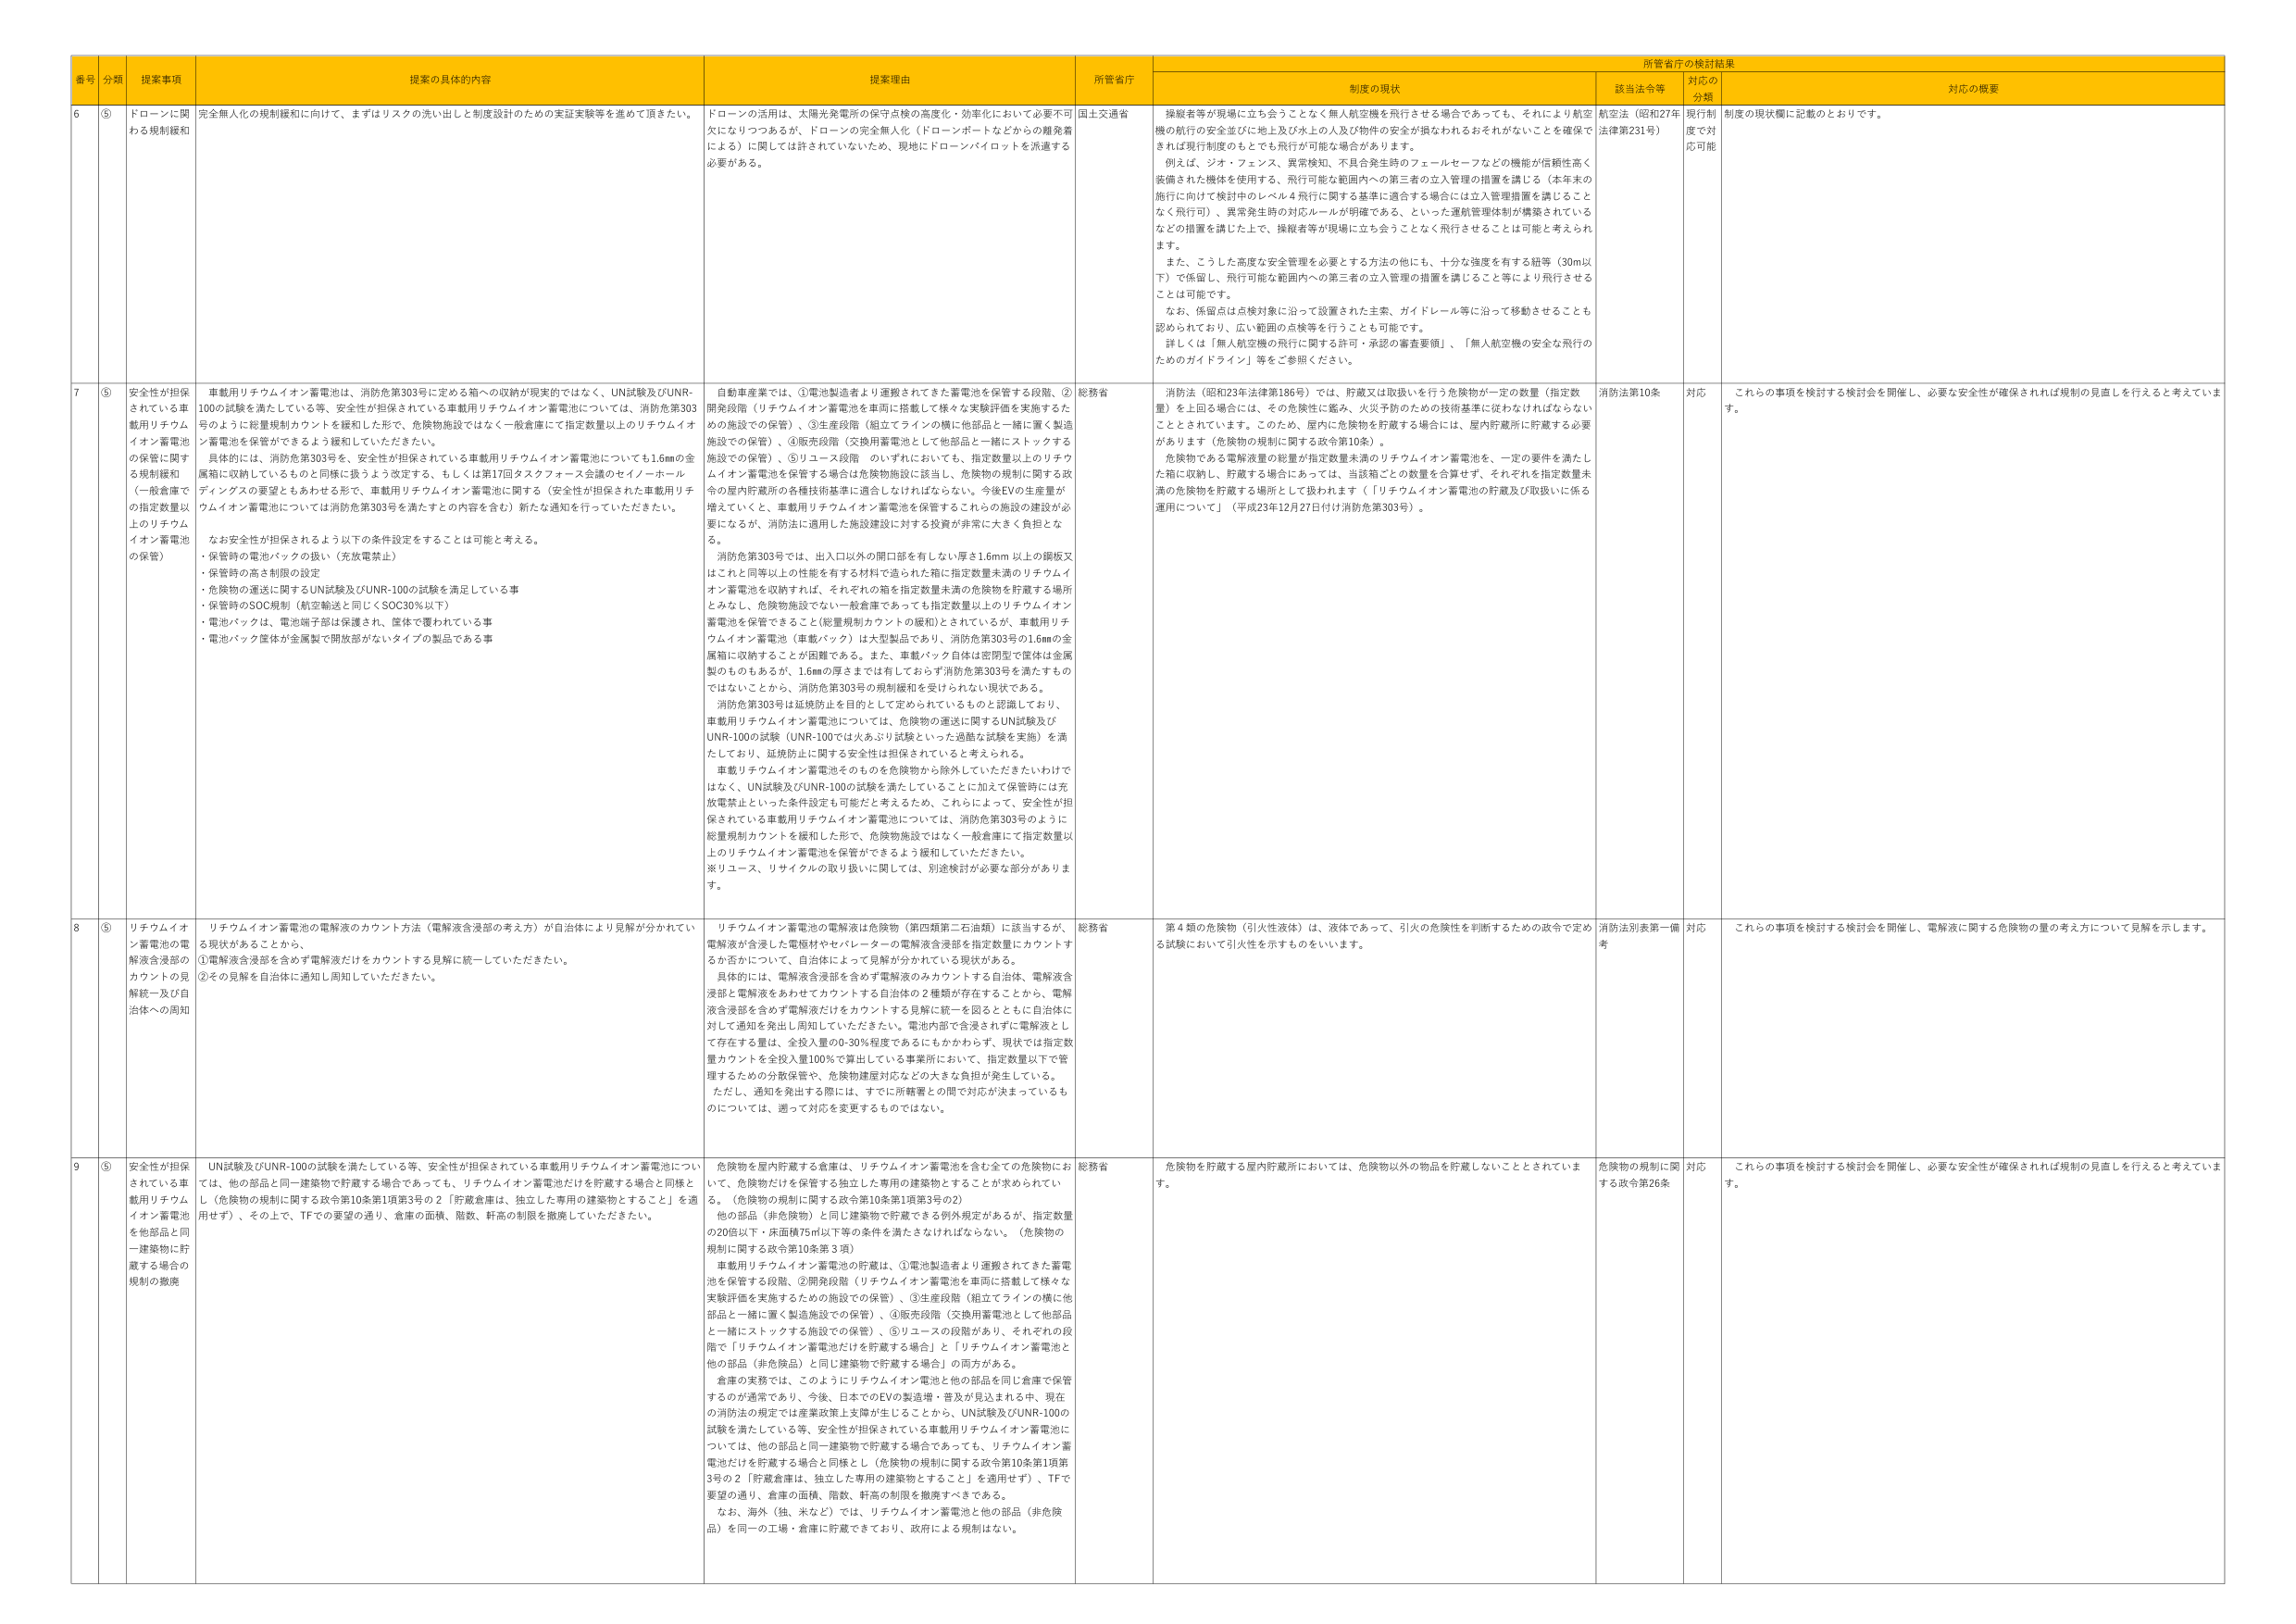
番号 分類 提案事項 提案の具体的内容 提案理由 所管省庁 所管省庁の検討結果 制度の現状 該当法令等 対応の 分類 対応の概要

6 ⑤ ドローンに関 る規制緩和 完全無人化の規制緩和に向けて、まずはリスクの洗い出しと制度設計のための実証実験等を進めて頂きたい。 ドローンの活用は、太陽光発電所の保守点検の高度化・効率化において必要不可 欠になりつつあるが、ドローンの完全無人化（ドローンボーイなどからの離発着 による）に関しては許されていないため、現地にドローンパイロットを派遣する 必要がある。 国土交通省 操縦者等が現場に立ち会うことなく無人航空機を飛行させる場合であっても、それにより航空 機の航行の安全並びに地上及び水上の人及び物件の安全が損なわれるおそれがないことを確保で きれば現行制度のもとでも飛行が可能な場合があります。 例えば、ジン・フェンス、異常検知、不具合発生時のフェールセーフなどの機能が信頼性高く 装備された機体を使用する、飛行可能な範囲内への第三者の立入管理の措置を講じる（本年末の 施行に向けて検討中のレベル4飛行に関する基準に適合する場合には立入管理措置を講じること なく飛行可）、異常発生時の対応ルールが明確である、といった運航管理体制が構築されている などの措置を講じた上で、操縦者等が現場に立ち会うことなく飛行させることは可能と考えられ ます。 また、こうした高度な安全管理を必要とする方法の他にも、十分な強度を有する紐等（30m以 下）で係留し、飛行可能な範囲内への第三者の立入管理の措置を講じること等により飛行させる ことは可能です。 なお、係留点は点検対象に沿って設置された主索、ガイドレール等に沿って移動させることも 認められており、広い範囲の点検等を行うことも可能です。 詳しくは「無人航空機の飛行に関する許可・承認の審査要領」、「無人航空機の安全な飛行の ためのガイドライン」等をご参照ください。 航空法（昭和27年 法律第231号） 現行制 度で対 応可能 制度の現状欄に記載のとおりです。

7 ⑤ 安全性が担保 されている車 載用リチウム イオン蓄電池 の保管に関す る規制緩和 （一般倉庫で の指定数量以 上のリチウム イオン蓄電池 の保管） 車載用リチウムイオン蓄電池は、消防危第303号に定める箱への収納が現実的ではなく、UN試験及びUNR- 100の試験を満たしている等、安全性が担保されている車載用リチウムイオン蓄電池については、消防危第303 号のように総量規制カウントを緩和した形で、危険物施設ではなく一般倉庫にて指定数量以上のリチウムイオ ン蓄電池を保管ができるよう緩和していただきたい。 具体的には、消防危第303号を、安全性が担保されている車載用リチウムイオン蓄電池についても1.6mmの金 属箱に収納しているものと同様に扱うよう設定する、もしくは第17回タスクフォース会議のセイノーホール ディングスの要望ともあわせる形で、車載用リチウムイオン蓄電池に関する（安全性が担保された車載用リチ ウムイオン蓄電池については消防危第303号を満たすその内容を含む）新たな通知を行っていただきたい。 なお安全性が担保されるよう以下の条件設定をすることは可能と考える。 ・保管時の電池パックの扱い（充放電禁止） ・危険物の高さ制限の設定 ・危険物の運送に関するUN試験及びUNR-100の試験を満足している事 ・保管時のSOC規制（航空輸送と同じくSOC30％以下） ・電池パックは、電池端子部は保護され、筐体で覆われている事 ・電池パック筐体が金属製で開放部がないタイプの製品である事 自動車産業では、①電池製造者より運搬されてきた蓄電池を保管する段階、② 開発段階（リチウムイオン蓄電池を車両に搭載して様々な実験評価を実施するた めの施設での保管）、③生産段階（組立てラインの横に他部品と一緒に置く製造 施設での保管）、④販売段階（交換用蓄電池として他部品と一緒にストックする 施設での保管）、⑤リユース段階 のいずれにおいても、指定数量以上のリチウ ムイオン蓄電池を保管する場合は危険物施設に該当し、危険物の規制に関する政 令の屋内貯蔵所の各種技術基準に適合しなければならない。今後EVの生産量が 増えていくと、車載用リチウムイオン蓄電池を保管することの施設の建設が必 要になるが、消防法に適用した施設建設に対する投資が非常に大きく負担とな る。 消防危第303号では、出入口以外の開口部を有しない厚さ1.6mm 以上の鋼板又 はこれと同等以上の性能を有する材料で造られた箱に指定数量未満のリチウムイ オン蓄電池を収納すれば、それぞれの箱を指定数量未満の危険物を貯蔵する場所 とみなし、危険物施設でない一般倉庫であっても指定数量以上のリチウムイオン 蓄電池を保管できること（総量規制カウントの緩和）とされているが、車載用リチ ウムイオン蓄電池（車載パック）は大型製品であり、消防危第303号の1.6mmの金 属箱に収納することが困難である。また、車載パック自体は密閉型で筐体は金属 製のものもあるが、1.6mmの厚さまでは有しておらず消防危第303号を満たすもの ではないことから、消防危第303号の規制緩和を受けられない現状である。 消防危第303号は延焼防止を目的として定められているものと認識しており、 車載用リチウムイオン蓄電池については、危険物の運送に関するUN試験及び UNR-100の試験（UNR-100では火あぶり試験といった過酷な試験を実施）を満 たしており、延焼防止に関する安全性は担保されていると考えられる。 車載リチウムイオン蓄電池をそのものを危険物から除外していただきたいわけで はなく、UN試験及びUNR-100の試験を満たしていることに加えて保管時には充 放電禁止といった条件設定も可能だと考えたため、これらによって、安全性が担 保されている車載用リチウムイオン蓄電池については、消防危第303号のように 総量規制カウントを緩和した形で、危険物施設ではなく一般倉庫にて指定数量以 上のリチウムイオン蓄電池を保管ができるよう緩和していただきたい。 ※リユース、リサイクルの取り扱いに関しては、別途検討が必要な部分がありま す。 総務省 消防法（昭和23年法律第186号）では、貯蔵又は取扱いを行う危険物が一定の数量（指定数 量）を上回る場合には、その危険性に鑑み、火災予防のための技術基準に従わなければならない こととされています。このため、屋内に危険物を貯蔵する場合には、屋内貯蔵所に貯蔵する必要 があります（危険物の規制に関する政令第10条）。 危険物である電解液量の総量が指定数量未満のリチウムイオン蓄電池を、一定の要件を満たし た箱に収納し、貯蔵する場合にあっては、当該箱ごとの数量を合算せず、それぞれ指定数量未 満の危険物を貯蔵する場所として扱われます（「リチウムイオン蓄電池の貯蔵及び取扱いに係る 運用について」（平成23年12月27日付け消防危第303号）。 消防法第10条 対応 これらの事項を検討する検討会を開催し、必要な安全性が確保されれば規制の見直しを行えると考えていま す。

8 ⑤ リチウムイオ ン蓄電池の電 解液含浸部の カウントの見 解統一及び自 治体への周知 リチウムイオン蓄電池の電解液のカウント方法（電解液含浸部の考え方）が自治体により見解が分かれてい る現状があることから、 ①電解液含浸部を含めず電解液だけをカウントする見解に統一していただきたい。 ②その見解を自治体に通知し周知していただきたい。 リチウムイオン蓄電池の電解液は危険物（第四類第二石油類）に該当するが、 電解液が含浸した電極材やセルバーターの電解液含浸部を指定数量でカウントす るか否かについて、自治体によって見解が分かれている現状がある。 具体的には、電解液含浸部を含めず電解液のみカウントする自治体、電解液含 浸部と電解液をあわせてカウントする自治体の2種類が存在することから、電解 液含浸部を含めず電解液だけをカウントする見解に統一を図るとともに自治体に 対して通知を発出し周知していただきたい。電池内部で含浸されずに電解液とし て存在する量は、全投入量の0-30％程度であるにもかかわらず、現状では指定数 量カウントを全投入量100％で算出している事業所において、指定数量以下で管 理するための分散保管や、危険物建屋対応などの大きな負担が発生している。 ただし、通知を発出する際には、すでに所轄署との間で対応が決まっているも のについては、遡って対応を変更するものではない。 総務省 第4類の危険物（引火性液体）は、液体であって、引火の危険性を判断するための政令で定め る試験において引火性を示すものをいいます。 消防法別表第一備 考 対応 これらの事項を検討する検討会を開催し、電解液に関する危険物の量の考え方について見解を示します。

9 ⑤ 安全性が担保 されている車 載用リチウム イオン蓄電池 を他部品と同 一建築物に貯 蔵する場合の 規制の撤廃 UN試験及びUNR-100の試験を満たしている等、安全性が担保されている車載用リチウムイオン蓄電池につい ては、他の部品と同一建築物で貯蔵する場合であっても、リチウムイオン蓄電池だけを貯蔵する場合と同様と し（危険物の規制に関する政令第10条第1項第3号の2「貯蔵倉庫は、独立した専用の建築物とすること」を適 用せず）、その上で、TFでの要望の通り、倉庫の面積、階数、軒高の制限を撤廃していただきたい。 危険物を屋内貯蔵する倉庫は、リチウムイオン蓄電池を含む全ての危険物にお いて、危険物だけを保管する独立した専用の建築物とすることが求められてい る。（危険物の規制に関する政令第10条第1項第3号の2） 他の部品（非危険物）と同じ建築物で貯蔵できる例外規定があるが、指定数量 の20倍以下・床面積75㎡以下等の条件を満たさなければならない。（危険物の 規制に関する政令第10条第3項） 車載用リチウムイオン蓄電池の貯蔵は、①電池製造者より運搬されてきた蓄電 池を保管する段階、②開発段階（リチウムイオン蓄電池を車両に搭載して様々な 実験評価を実施するための施設での保管）、③生産段階（組立てラインの横に他 部品と一緒に置く製造施設での保管）、④販売段階（交換用蓄電池として他部品 と一緒にストックする施設での保管）、⑤リユースの段階があり、それぞれの段 階で「リチウムイオン蓄電池だけを貯蔵する場合」と「リチウムイオン蓄電池と 他の部品（非危険品）と同じ建築物で貯蔵する場合」の両方がある。 倉庫の実務では、このようにリチウムイオン電池と他の部品を同じ倉庫で保管 するのが通常であり、今後、日本でのEVの製造増・普及が見込まれる中、現在 の消防法の規定では産業政策上支障が生じることから、UN試験及びUNR-100の 試験を満たしている等、安全性が担保されている車載用リチウムイオン蓄電池に ついては、他の部品と同一建築物で貯蔵する場合であっても、リチウムイオン蓄 電池だけを貯蔵する場合と同様とし（危険物の規制に関する政令第10条第1項第 3号の2「貯蔵倉庫は、独立した専用の建築物とすること」を適用せず）、TFで 要望の通り、倉庫の面積、階数、軒高の制限を撤廃すべきである。 なお、海外（独、米など）では、リチウムイオン蓄電池と他の部品（非危険 品）を同一の工場・倉庫に貯蔵できており、政府による規制はない。 総務省 危険物を貯蔵する屋内貯蔵所においては、危険物以外の物品を貯蔵しないこととされていま す。 危険物の規制に関 する政令第26条 対応 これらの事項を検討する検討会を開催し、必要な安全性が確保されれば規制の見直しを行えると考えていま す。